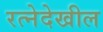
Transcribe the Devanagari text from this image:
रत्‍नेदेखील